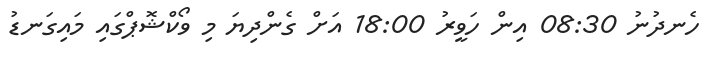
ހެނދުނު 08:30 އިން ހަވީރު 18:00 އަށް ގެންދިޔަ މި ވޯކްޝޮޕްގައި މައިގަނޑު